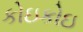
કોઇકોઇ